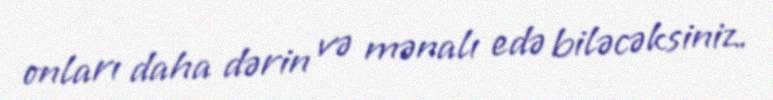
onları daha dərin və mənalı edə biləcəksiniz.